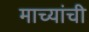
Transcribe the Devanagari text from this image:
माच्यांची